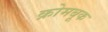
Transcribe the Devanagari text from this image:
क्रोमबूक